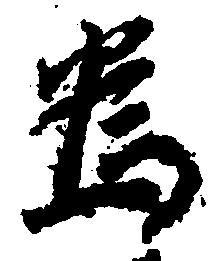
為